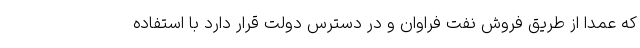
که عمدا از طریق فروش نفت فراوان و در دسترس دولت قرار دارد با استفاده